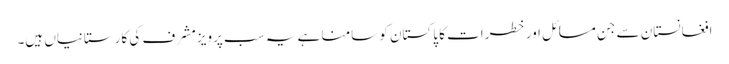
افغانستان سے جن مسائل اور خطرات کا پاکستان کو سامنا ہے یہ سب پرویزمشرف کی کارستانیاں ہیں۔